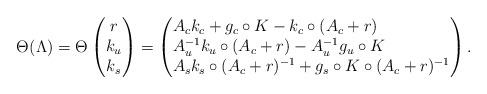
LaTeX: \begin{align*}\Theta^{}( \Lambda) = \Theta^{} \begin{pmatrix} r \\ k_u \\ k_s \end{pmatrix} = \begin{pmatrix*}[l]A_c k_c +g_c \circ K{}{} -k_c \circ (A_c + r) \\A_u^{-1}k_u \circ (A_c + r) - A_u^{-1} g_u \circ K{}{} \\A_s k_s\circ (A_c + r)^{-1} + g_s \circ K{}{} \circ (A_c +r)^{-1} \end{pmatrix*}.\end{align*}